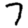
Digit: 7